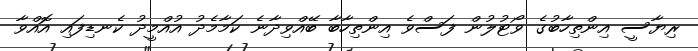
ރިޔާސީ އިންތިހާބުގެ ވޯޓުލުން ފަސްވެ އިންތިހާބާ ބޭއްވިދާނެ ކަމާމެދު އުއްމީދު ކެނޑިފައި އޮއްވާ